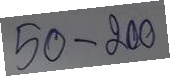
50 - 200